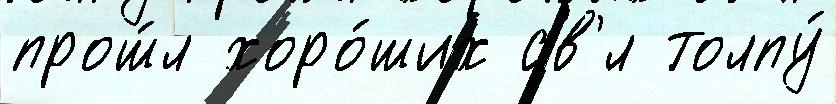
прош́л хоро́ших св'́л толпу́